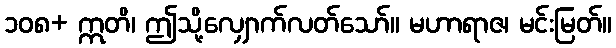
၁၀၈+ ဣတိ၊ ဤသို့လျှောက်လတ်သော်။ မဟာရာဇ၊ မင်းမြတ်။